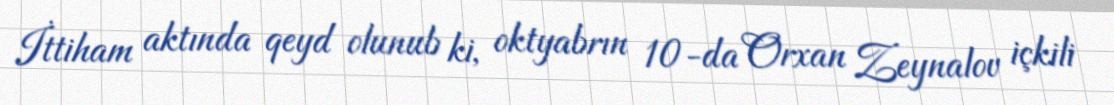
İttiham aktında qeyd olunub ki, oktyabrın 10-da Orxan Zeynalov içkili